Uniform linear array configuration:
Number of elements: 12
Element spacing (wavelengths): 0.25
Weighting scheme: kaiser
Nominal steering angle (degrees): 60
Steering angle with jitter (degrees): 58.556
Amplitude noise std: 0.05
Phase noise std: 0.05

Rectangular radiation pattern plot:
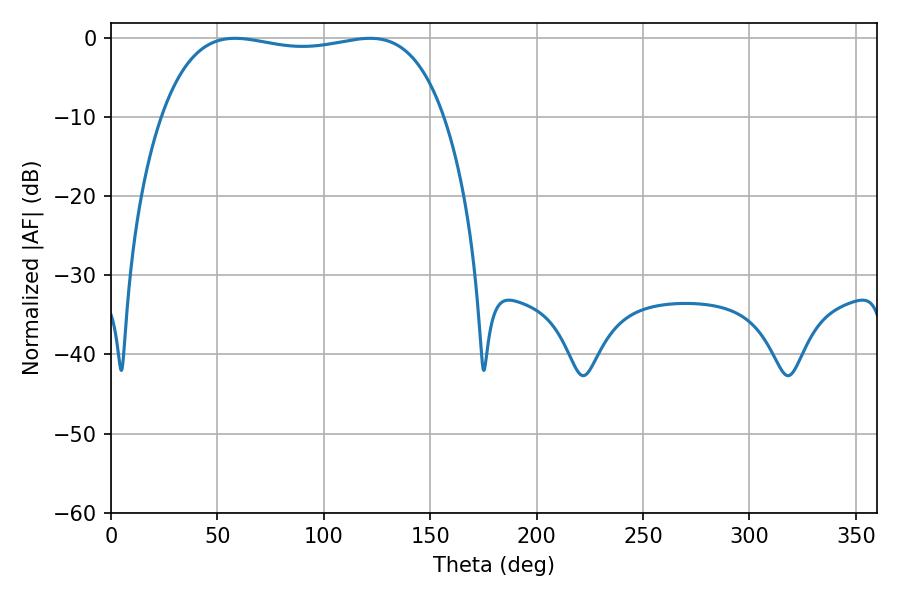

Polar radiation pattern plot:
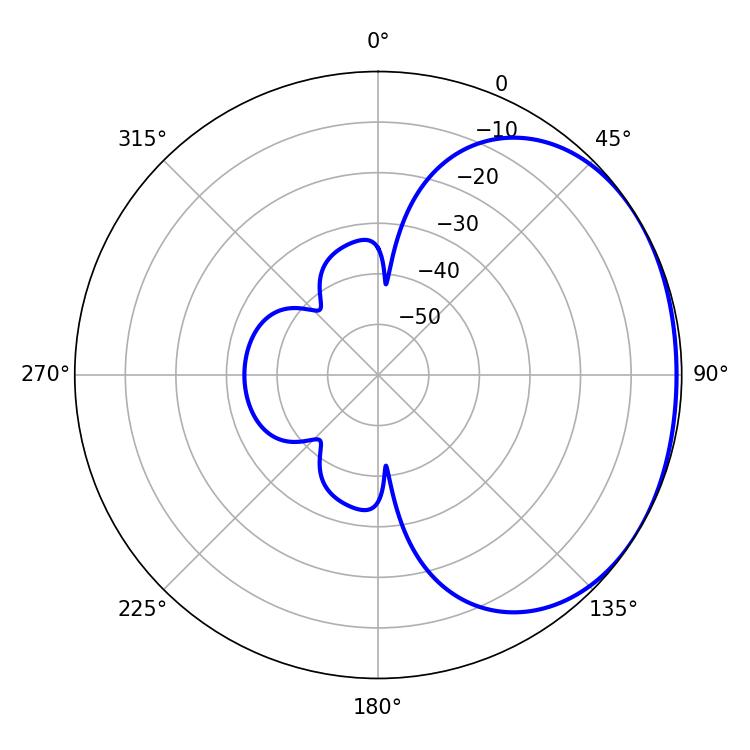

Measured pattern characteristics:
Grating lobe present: FALSE
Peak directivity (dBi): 1.346
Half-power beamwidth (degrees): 106.56
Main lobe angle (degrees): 58.32